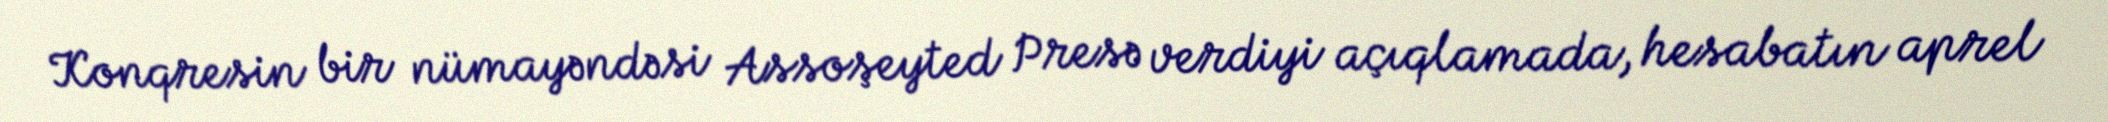
Konqresin bir nümayəndəsi Assoşeyted Presə verdiyi açıqlamada, hesabatın aprel